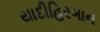
યાદીહિરગાન